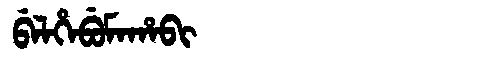
Manchu: ᠪᡝᠯᡥᡝᠪᡠᠮᠠᡥᠠᠪᡳ
Romanization: BELHEBUMAHABI